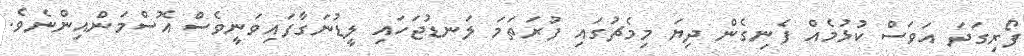
ފޯރިގަދަ އަވަސް ކުޅުމެއް ފެނިގެން ދިޔަ މިމެޗުގައި ފުރަތަމަ ލަނޑުޖަހައި ލީޑުނަގާފައިވަނީވެސް އޮސްމަންއިންނެވެ.